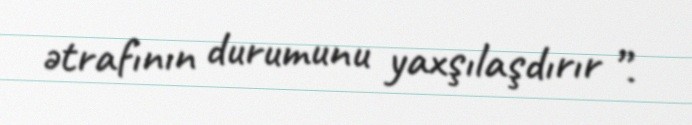
ətrafının durumunu yaxşılaşdırır ”.